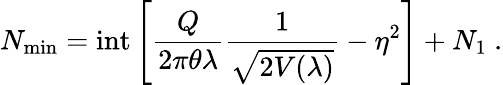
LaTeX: N_{\mathrm{min}}=\mathrm{int}\left[\frac{Q}{2\pi\theta\lambda}\frac{1}{\sqrt{2V(\lambda)}}-\eta^{2}\right]+N_{1}~.